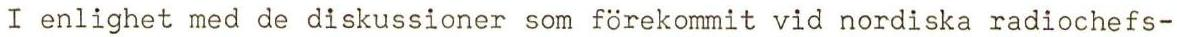
I enlighet med de diskussioner som förekommit vid nordiska radiochefs-